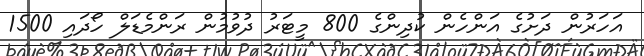
އަހަރުން ދަށުގެ އަންހެން ކުދިންގެ 800 މީޓަރު ދުވުމުން ރަންމެޑަލް ހޯދައި 1500